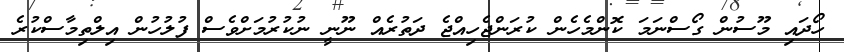
ހޯދައި މޫސުން ގޯސްނަމަ ކޮންމެހެން ކުރަންޖެހިއްޖެ ދަތުރެއް ނޫނީ ނުކުރުމަށްވެސް ފުލުހުން އިލްތިމާސްކުރެ